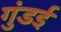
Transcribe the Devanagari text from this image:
गुंडई